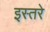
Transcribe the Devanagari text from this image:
इस्तरे